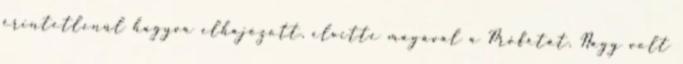
érintetlenül hagyva elhajózott, elvitte magával a Prófétát. Nagy volt